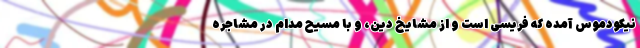
نیکودِموس آمده که فریسی است و از مشایخ دین، و با مسیح مدام در مشاجره